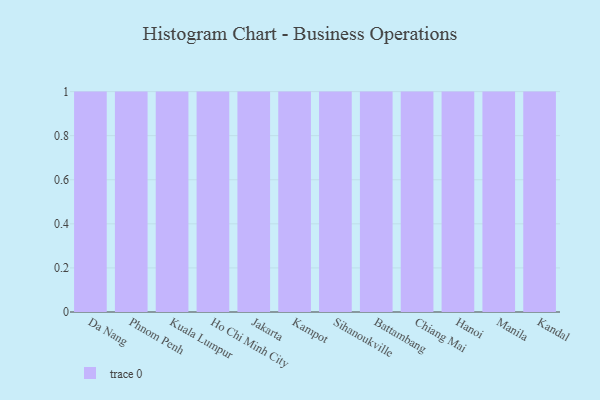
{"axis": {"x": "City", "y": "LTV (USD)"}, "legend": [""], "data": [{"x": "Da Nang", "y": 5, "type": ""}, {"x": "Phnom Penh", "y": 64, "type": ""}, {"x": "Kuala Lumpur", "y": 27, "type": ""}, {"x": "Ho Chi Minh City", "y": 45, "type": ""}, {"x": "Jakarta", "y": 13, "type": ""}, {"x": "Kampot", "y": 88, "type": ""}, {"x": "Sihanoukville", "y": 7, "type": ""}, {"x": "Battambang", "y": 14, "type": ""}, {"x": "Chiang Mai", "y": 4, "type": ""}, {"x": "Hanoi", "y": 54, "type": ""}, {"x": "Manila", "y": 2, "type": ""}, {"x": "Kandal", "y": 25, "type": ""}]}